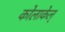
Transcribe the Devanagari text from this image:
कोलाकेल्